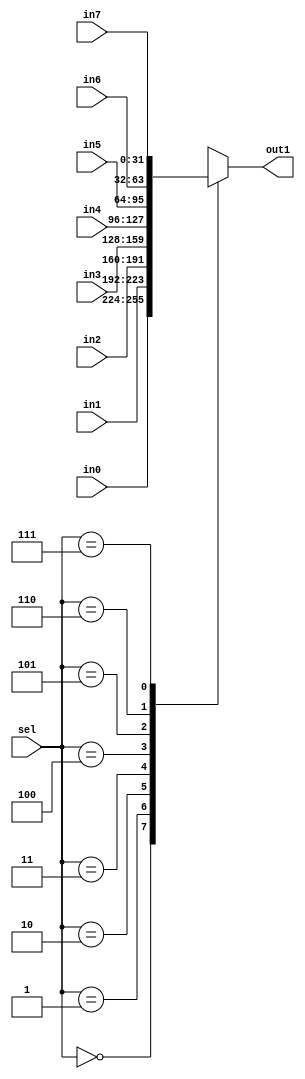
`timescale 1ns / 1ps
//////////////////////////////////////////////////////////////////////////////////
// Company: 
// Engineer: 
// 
// Design Name: 
// Module Name: mux8to1
// Project Name: 
// Target Devices: 
// Tool Versions: 
// Description: 
// 
// Dependencies: 
// 
// Revision:
// Revision 0.01 - File Created
// Additional Comments:
// 
//////////////////////////////////////////////////////////////////////////////////


module mux8to1(
    input [31:0] in0,
    input [31:0] in1,
    input [31:0] in2,
    input [31:0] in3,
    input [31:0] in4,
    input [31:0] in5,
    input [31:0] in6,
    input [31:0] in7,
    input [2:0] sel,
    output reg [31:0] out1
    );
    
    always@(*)
    begin
        case (sel)
          3'd0 : out1 = in0;
          3'd1 : out1 = in1;
          3'd2 : out1 = in2;
          3'd3 : out1 = in3;
          3'd4 : out1 = in4;
          3'd5 : out1 = in5;
          3'd6 : out1 = in6;
          3'd7 : out1 = in7;
        endcase
    end
    
endmodule